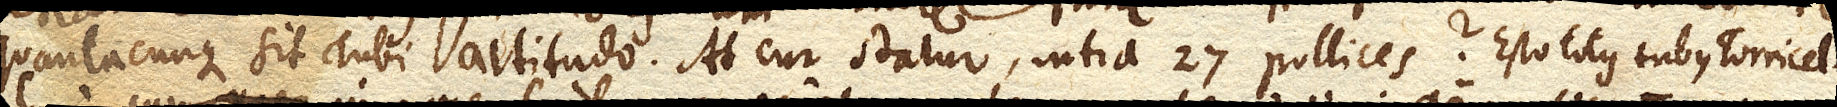
quantacunque sit Tubi altitudo. At cur statur infra 27. pollices? Esto totus tubus Torricel–